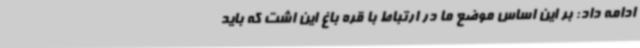
ادامه داد: بر این اساس موضع ما در ارتباط با قره باغ این اشت که باید